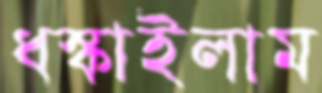
ধস্‌কাইলাম